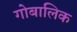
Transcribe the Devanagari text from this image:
गोबालिक